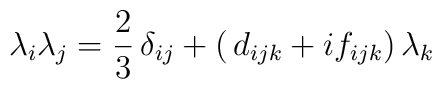
\lambda_i\lambda_j=\frac{2}{3}\,\delta_{ij}+(\,d_{ijk}+if_{ijk})\,\lambda_k